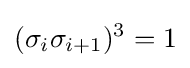
(\sigma _{i}\sigma _{i+1})^{3}=1